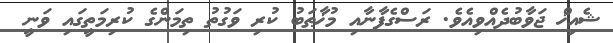
ޝެއިޚް ޖަވާބުދެއްވިއެވެ. ރަސްގެފާނާއި މުޚާޠަބު ކުރި ވަގުތު ތިމަންގެ ކުރިމަތީގައި ވަނީ